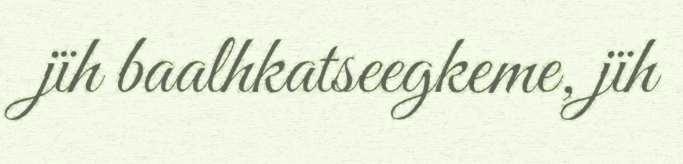
jïh baalhkatseegkeme, jïh